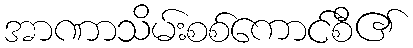
အာဏာသိမ်းစစ်ကောင်စီ၏